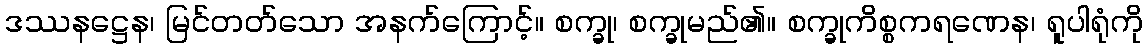
ဒဿနဋ္ဌေန၊ မြင်တတ်သော အနက်ကြောင့်။ စက္ခု၊ စက္ခုမည်၏။ စက္ခုကိစ္စကရဏေန၊ ရူပါရုံကို